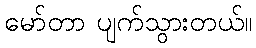
မော်တာ ပျက်သွားတယ်။